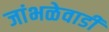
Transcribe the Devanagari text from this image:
जांभळेवाडी